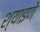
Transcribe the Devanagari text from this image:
श्याइणे